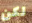
لكن